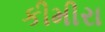
કીમીરા